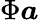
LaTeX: \Phi\boldsymbol{a}